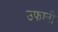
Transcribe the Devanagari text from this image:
उफानी